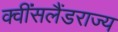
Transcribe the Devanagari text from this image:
क्वींसलैंडराज्य